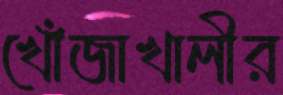
খোঁজাখালীর